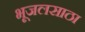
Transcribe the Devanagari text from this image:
भूजलसाठा